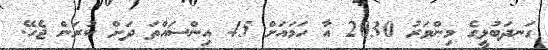
ގަނދަބުޅީގެ މިންވަރު 2030 އާ ހަމައަށް 45 އިންސައްތަ ދަށް ކުރަން ޖެހޭ.